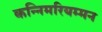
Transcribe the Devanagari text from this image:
कन्निमरियम्मन